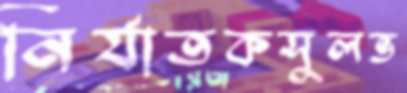
নির্যাতকসুলভ